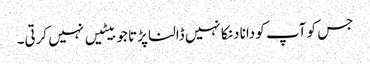
جس کو آپ کو دانا دنکا نہیں ڈالنا پڑتا جو بیٹیں نہیں کرتی۔